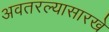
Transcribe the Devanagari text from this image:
अवतरल्यासारखे